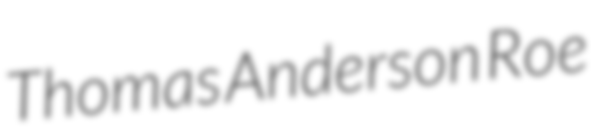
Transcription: Thomas Anderson Roe